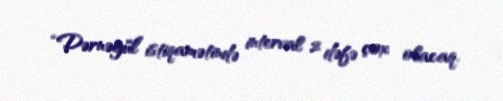
“Dərnəgül” istiqamətində interval 2 dəfə çox olacaq.